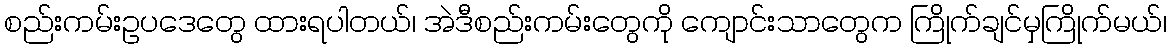
စည်းကမ်းဥပဒေတွေ ထားရပါတယ်၊ အဲဒီစည်းကမ်းတွေကို ကျောင်းသာတွေက ကြိုက်ချင်မှကြိုက်မယ်၊